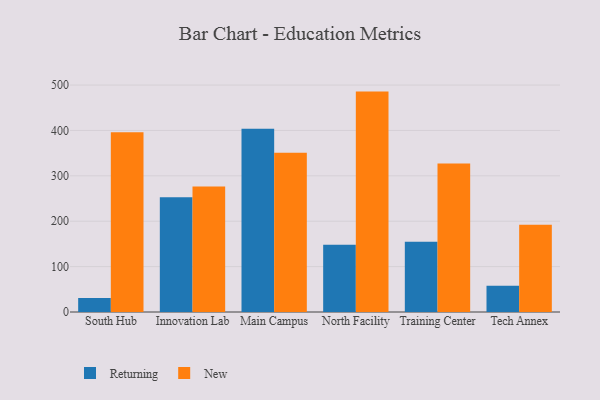
{"axis": {"x": "Campus", "y": "Customer Acquisition Cost (USD)"}, "legend": ["New", "Returning"], "data": [{"x": "South Hub", "y": 31.1, "type": "Returning"}, {"x": "South Hub", "y": 396.2, "type": "New"}, {"x": "Innovation Lab", "y": 252.8, "type": "Returning"}, {"x": "Innovation Lab", "y": 276.5, "type": "New"}, {"x": "Main Campus", "y": 403.5, "type": "Returning"}, {"x": "Main Campus", "y": 351.0, "type": "New"}, {"x": "North Facility", "y": 148.0, "type": "Returning"}, {"x": "North Facility", "y": 485.6, "type": "New"}, {"x": "Training Center", "y": 154.6, "type": "Returning"}, {"x": "Training Center", "y": 327.3, "type": "New"}, {"x": "Tech Annex", "y": 57.7, "type": "Returning"}, {"x": "Tech Annex", "y": 192.1, "type": "New"}]}